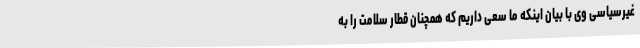
غیرسیاسی وی با بیان اینکه ما سعی داریم که همچنان قطار سلامت را به